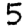
Digit: 5